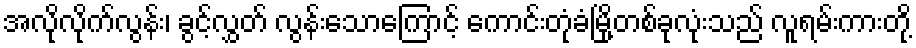
အလိုလိုက်လွန်း၊ ခွင့်လွှတ် လွန်းသောကြောင့် ကောင်းတုံခံမြို့တစ်ခုလုံးသည် လူရမ်းကားတို့